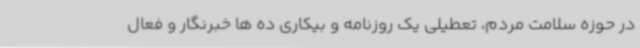
در حوزه سلامت مردم، تعطیلی یک روزنامه و بیکاری ده ها خبرنگار و فعال